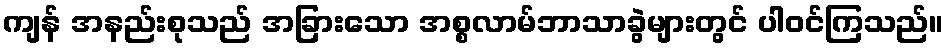
ကျန် အနည်းစုသည် အခြားသော အစ္စလာမ်ဘာသာခွဲများတွင် ပါဝင်ကြသည်။